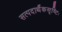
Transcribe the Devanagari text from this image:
सत्पदार्थैकसृष्टिः